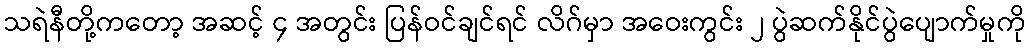
သရဲနီတို့ကတော့ အဆင့် ၄ အတွင်း ပြန်ဝင်ချင်ရင် လိဂ်မှာ အဝေးကွင်း ၂ ပွဲဆက်နိုင်ပွဲပျောက်မှုကို